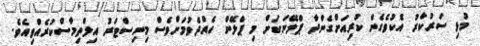
މުޅި ސަރުކާރު އެކުވެގެން ކުރިއަށްގެންދާ ޕްލޭނަކަށް މި ޕްލޭން ހެއްދެވުމަށްވެސް މިނިސްޓަރު އިލްތިމާސްކުރެއްވިއެވެ.